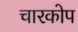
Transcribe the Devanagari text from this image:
चारकोप